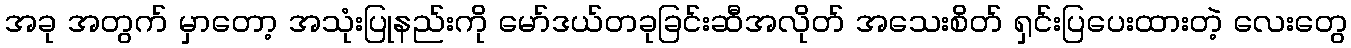
အခု အတွက် မှာတော့ အသုံးပြုနည်းကို မော်ဒယ်တခုခြင်းဆီအလိုတ် အသေးစိတ် ရှင်းပြပေးထားတဲ့ လေးတွေ